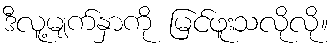
ဒီလူ့မျက်နှာကို မြင်ဖူးသလိုလို။